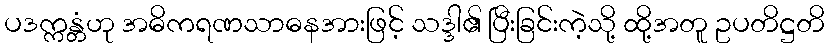
ပဒက္ကန္တံဟု အဓိကရဏသာဓနအားဖြင့် သဒ္ဒါ၏ ပြီးခြင်းကဲ့သို့ ထို့အတူ ဥပတိဋ္ဌတိ